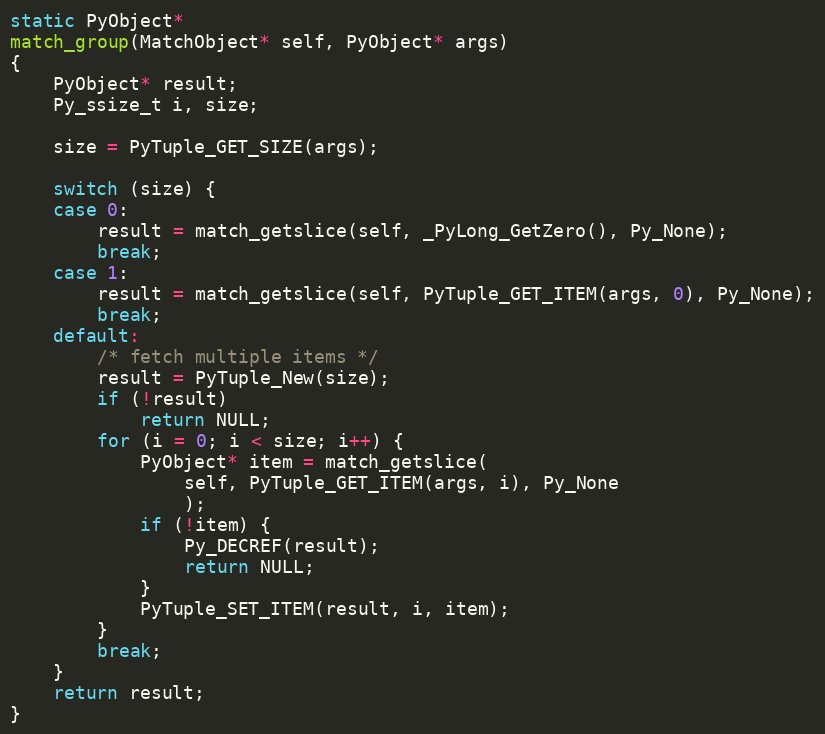
Language: C
static PyObject*
match_group(MatchObject* self, PyObject* args)
{
    PyObject* result;
    Py_ssize_t i, size;

    size = PyTuple_GET_SIZE(args);

    switch (size) {
    case 0:
        result = match_getslice(self, _PyLong_GetZero(), Py_None);
        break;
    case 1:
        result = match_getslice(self, PyTuple_GET_ITEM(args, 0), Py_None);
        break;
    default:
        /* fetch multiple items */
        result = PyTuple_New(size);
        if (!result)
            return NULL;
        for (i = 0; i < size; i++) {
            PyObject* item = match_getslice(
                self, PyTuple_GET_ITEM(args, i), Py_None
                );
            if (!item) {
                Py_DECREF(result);
                return NULL;
            }
            PyTuple_SET_ITEM(result, i, item);
        }
        break;
    }
    return result;
}